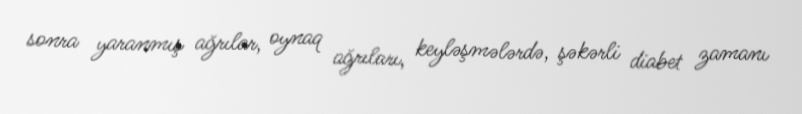
sonra yaranmış ağrılar, oynaq ağrıları, keyləşmələrdə, şəkərli diabet zamanı